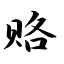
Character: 赂